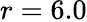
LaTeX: r=6.0